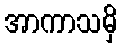
အာကာသမှိ